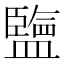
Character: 𥃆